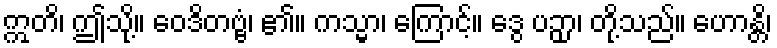
ဣတိ၊ ဤသို့။ ဝေဒိတဗ္ဗံ၊ ၏။ ကသ္မာ၊ ကြောင့်။ ဒွေ ပဉှာ၊ တို့သည်။ ဟောန္တိ၊